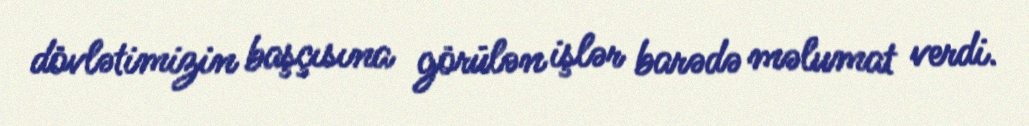
dövlətimizin başçısına görülən işlər barədə məlumat verdi.